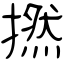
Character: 撚